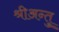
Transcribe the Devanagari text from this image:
श्रीअन्तु